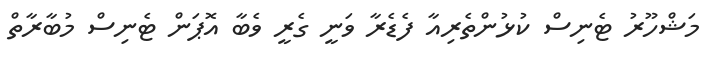
މަޝްހޫރު ޓެނިސް ކުޅުންތެރިއާ ފެޑެރާ ވަނީ ގެރީ ވެބާ އޮޕަން ޓެނިސް މުބާރާތް